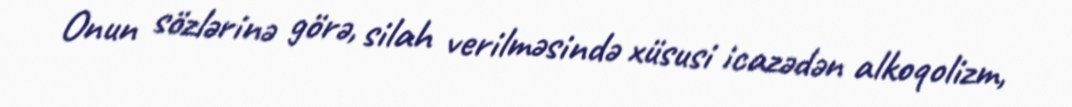
Onun sözlərinə görə, silah verilməsində xüsusi icazədən alkoqolizm,